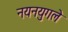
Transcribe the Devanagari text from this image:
नयनयुगले